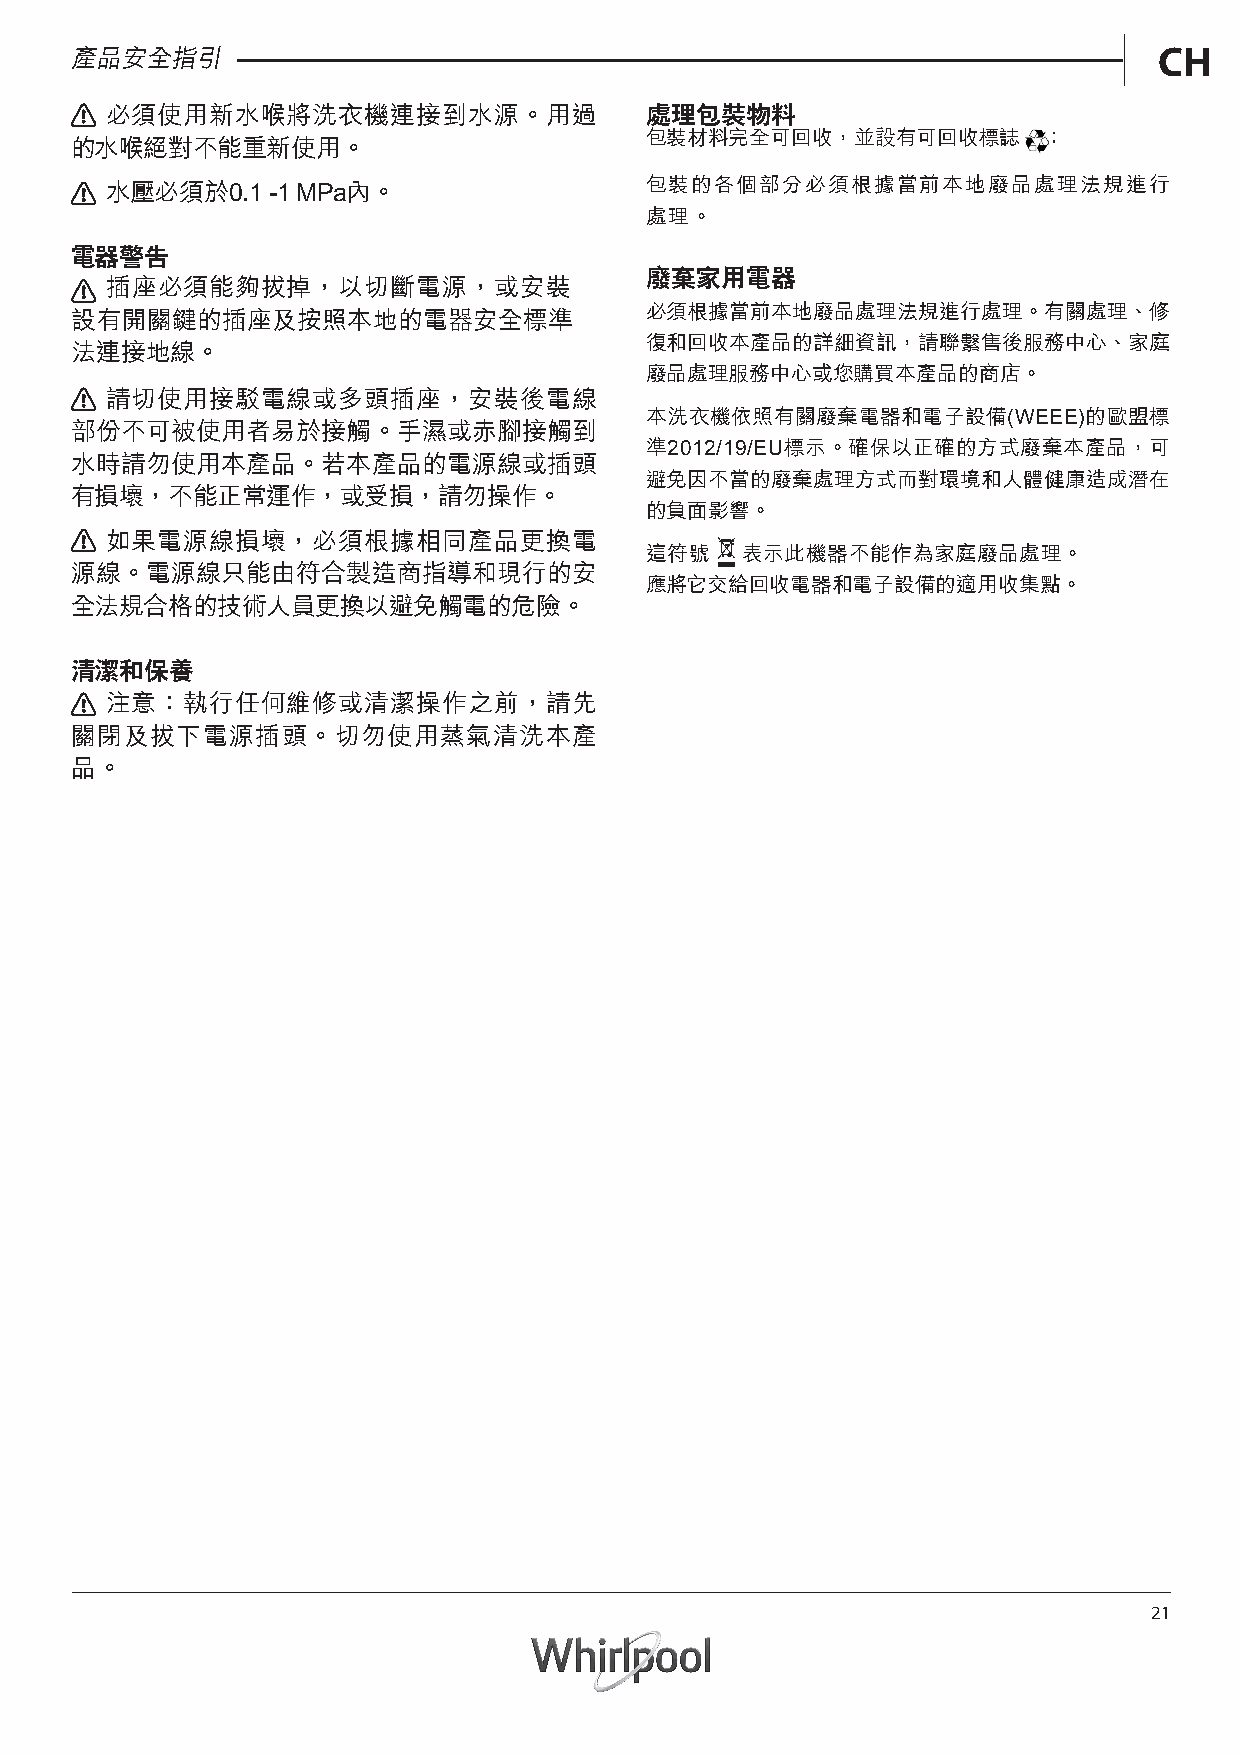
產品安全指引                                                                  CH
 必須使用新水喉將洗衣機連接到水源。用過                 處理包裝物料
 包裝材料完全可回收，並設有可回收標誌        ：
 的水喉絕對不能重新使用。
 水壓必須於0.1   -1 MPa內。                 包裝的各個部分必須根據當前本地廢品處理法規進行
 處理。
 電器警告
 插座必須能夠拔掉，以切斷電源，或安裝                  廢棄家用電器
 設有開關鍵的插座及按照本地的電器安全標準                  必須根據當前本地廢品處理法規進行處理。有關處理、修
 復和回收本產品的詳細資訊，請聯繫售後服務中心、家庭
 法連接地線。
 廢品處理服務中心或您購買本產品的商店。
 請切使用接駁電線或多頭插座，安裝後電線
 本洗衣機依照有關廢棄電器和電子設備(WEEE)的歐盟標
 部份不可被使用者易於接觸。手濕或赤腳接觸到
 準2012/19/EU標示。確保以正確的方式廢棄本產品，可
 水時請勿使用本產品。若本產品的電源線或插頭
 避免因不當的廢棄處理方式而對環境和人體健康造成潛在
 有損壞，不能正常運作，或受損，請勿操作。
 的負面影響。
 如果電源線損壞，必須根據相同產品更換電
 這符號   表示此機器不能作為家庭廢品處理。
 源線。電源線只能由符合製造商指導和現行的安
 應將它交給回收電器和電子設備的適用收集點。
 全法規合格的技術人員更換以避免觸電的危險。
 清潔和保養
 注意：執行任何維修或清潔操作之前，請先
 關閉及拔下電源插頭。切勿使用蒸氣清洗本產
 品。
 21